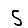
Digit: 5